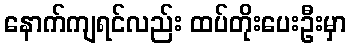
နောက်ကျရင်လည်း ထပ်တိုးပေးဦးမှာ